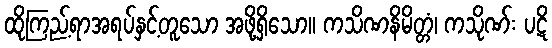
ထိုကြည့်ရာအရပ်နှင့်တူသော အဖို့ရှိသော။ ကသိဏနိမိတ္တံ၊ ကသိုဏ်း ပဋိ